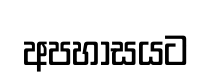
අපහාසයට